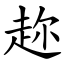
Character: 趂